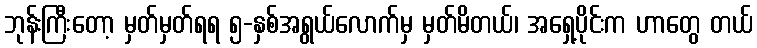
ဘုန်းကြီးတော့ မှတ်မှတ်ရရ ၅-နှစ်အရွယ်လောက်မှ မှတ်မိတယ်၊ အရှေ့ပိုင်းက ဟာတွေ တယ်